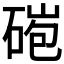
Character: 𥓤